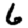
Digit: 6